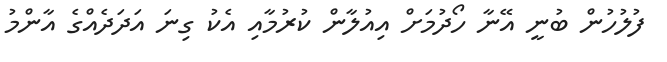
ފުލުހުން ބުނީ އޭނާ ހޯދުމަށް އިއުލާން ކުރުމާއި އެކު ގިނަ އަދަދެއްގެ އާންމު